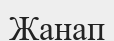
Жанап